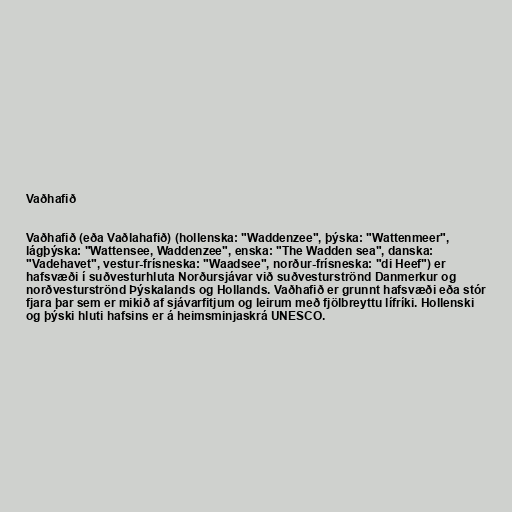
Vaðhafið

Vaðhafið (eða Vaðlahafið) (hollenska: "Waddenzee", þýska: "Wattenmeer",
lágþýska: "Wattensee, Waddenzee", enska: "The Wadden sea", danska:
"Vadehavet", vestur-frísneska: "Waadsee", norður-frísneska: "di Heef") er
hafsvæði í suðvesturhluta Norðursjávar við suðvesturströnd Danmerkur og
norðvesturströnd Þýskalands og Hollands. Vaðhafið er grunnt hafsvæði eða stór
fjara þar sem er mikið af sjávarfitjum og leirum með fjölbreyttu lífríki. Hollenski
og þýski hluti hafsins er á heimsminjaskrá UNESCO.